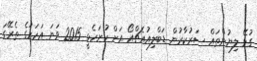
ގުޅޭ ލިޔުންތައް ސަރުކާރުން ޑަބްލިއުއެޗްއޯ އަށް ހުށަހެޅީ 2015 ވަނަ އަހަރުގެ ތެރޭގަ